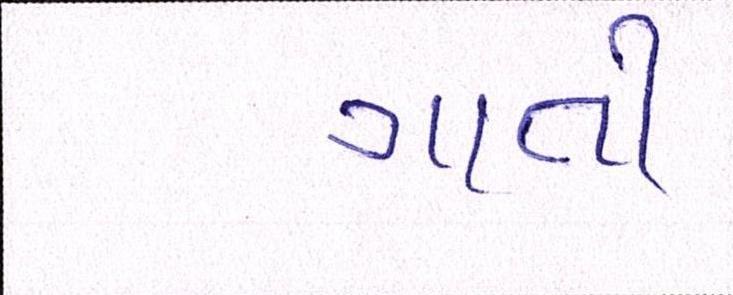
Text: ગાતી